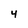
Character: 4